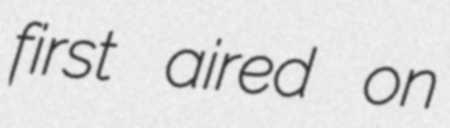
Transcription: first aired on